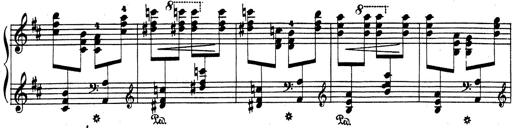
Title: Rhapsodie espagnole
Composer: Franz Liszt